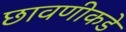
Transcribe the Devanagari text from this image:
छावणीकडे